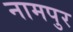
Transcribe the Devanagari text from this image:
नामपुर